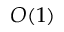
O ( 1 )